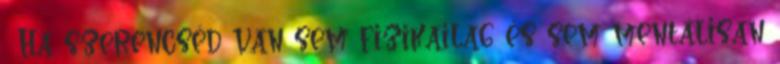
. Ha szerencséd van sem fizikailag és sem mentálisan